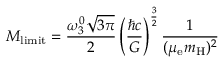
M _ { \mathrm { { l i m i t } } } = { \frac { \omega _ { 3 } ^ { 0 } { \sqrt { 3 \pi } } } { 2 } } \left( { \frac { \hbar c } { G } } \right) ^ { \frac { 3 } { 2 } } { \frac { 1 } { ( \mu _ { \mathrm { e } } m _ { \mathrm { H } } ) ^ { 2 } } }